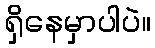
ရှိနေမှာပါပဲ။